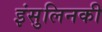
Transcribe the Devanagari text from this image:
इंसुलिनकी